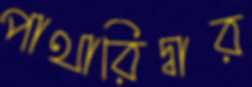
পাথারিদ্বার